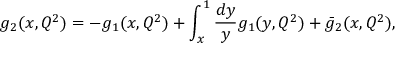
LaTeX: g _ { 2 } ( x , Q ^ { 2 } ) = - g _ { 1 } ( x , Q ^ { 2 } ) + \int _ { x } ^ { 1 } { \frac { d y } { y } } g _ { 1 } ( y , Q ^ { 2 } ) + \bar { g } _ { 2 } ( x , Q ^ { 2 } ) ,